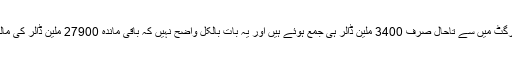
اس کا سبب یہ ہے کہ 31300 ملین ڈالر کے اس ٹارگٹ میں سے تاحال صرف 3400 ملین ڈالر ہی جمع ہوئے ہیں اور یہ بات بالکل واضح نہیں کہ باقی ماندہ 27900 ملین ڈالر کی مالیاتی خلیج کب اور کس طرح عبور کی جا سکے گی۔